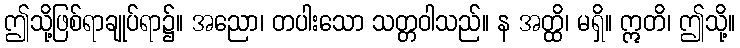
ဤသို့ဖြစ်ရာချုပ်ရာ၌။ အညော၊ တပါးသော သတ္တဝါသည်။ န အတ္ထိ၊ မရှိ။ ဣတိ၊ ဤသို့။